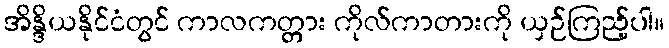
အိန္ဒိယနိုင်ငံတွင် ကာလကတ္တား ကိုလ်ကာတားကို ယှဉ်ကြည့်ပါ။